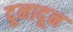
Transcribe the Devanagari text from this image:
दूनादून